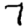
Digit: 7